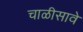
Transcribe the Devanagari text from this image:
चाळीसावे